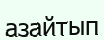
азайтып